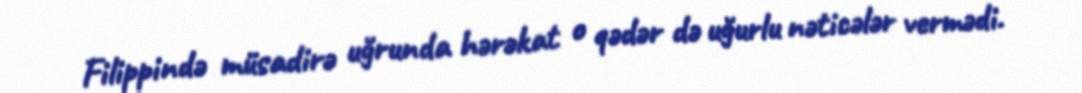
Filippində müsadirə uğrunda hərəkat o qədər də uğurlu nəticələr vermədi.